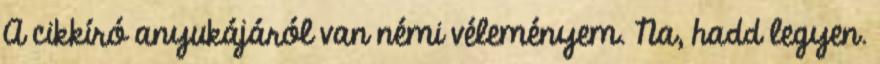
A cikkíró anyukájáról van némi véleményem. Na, hadd legyen.